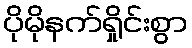
ပိုမိုနက်ရှိုင်းစွာ